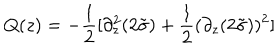
Q ( z ) = - \frac { 1 } { 2 } [ \partial _ { z } ^ { 2 } ( 2 \tilde { \sigma } ) + \frac { 1 } { 2 } ( \partial _ { z } ( 2 \tilde { \sigma } ) ) ^ { 2 } ]